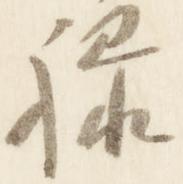
禄